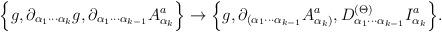
LaTeX: \begin{align*}\Big\{g,\partial_{\alpha_1 \cdots\alpha_k}g, \partial_{\alpha_1 \cdots \alpha_{k-1}} A_{\alpha_k}^a\Big\} \rightarrow \Big\{ g, \partial_{(\alpha_1 \cdots \alpha_{k-1}}A_{\alpha_k)}^a, D^{(\Theta)}_{\alpha_1 \cdots\alpha_{k-1}}I^a_{\alpha_k} \Big\}.\end{align*}